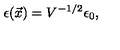
\epsilon ( \vec { x } ) = V ^ { - 1 / 2 } \epsilon _ { 0 } ,